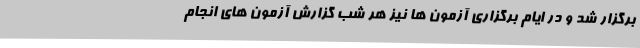
برگزار شد و در ایام برگزاری آزمون ها نیز هر شب گزارش آزمون های انجام